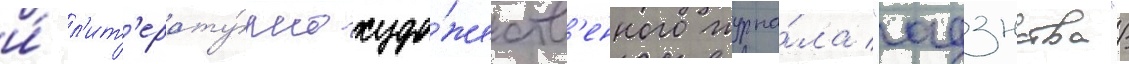
и́ л'ит'ерату́рно-худо́жеств'енного журна́ла "адзнства"/